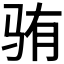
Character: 𬳼